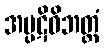
အပ္ပဋိဝိဘတ္တံ